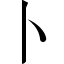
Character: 卜